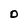
Character: D